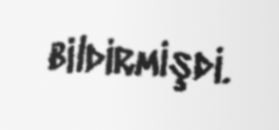
bildirmişdi.